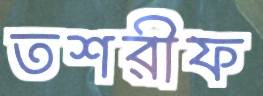
তশরীফ